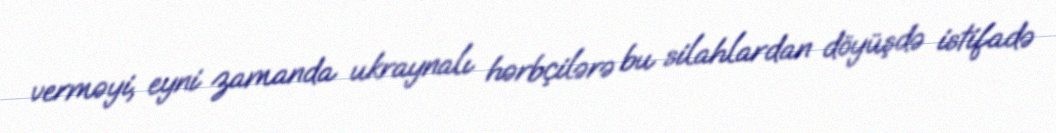
verməyi, eyni zamanda ukraynalı hərbçilərə bu silahlardan döyüşdə istifadə